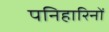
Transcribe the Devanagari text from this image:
पनिहारिनों